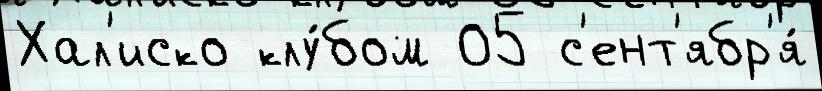
Хал'иско клу́бом 05 с'ент'ябр'я́